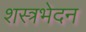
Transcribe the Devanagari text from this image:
शस्त्रभेदन